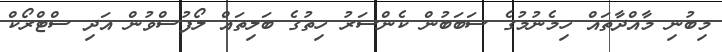
މިބުނި މާއްދާތައް ހިމެނުމުގެ ސަބަބުން ކެންސަރު ހިތުގެ ބަލިތައް ލޯފުސްވުން އަދި ސްޓްރޯކް